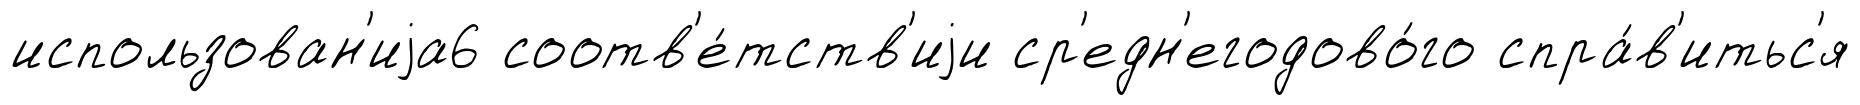
использован'иjа6 соотв'е́тств'иjи ср'едн'егодово́го спра́в'итьс'я